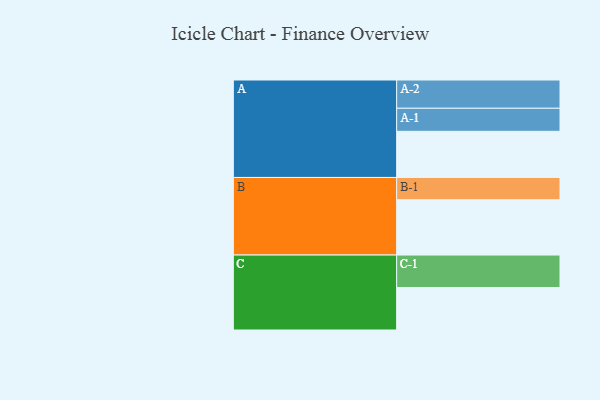
{"axis": {"x": "Segment", "y": "Value"}, "legend": ["", "A", "B", "C"], "data": [{"x": "A", "y": 418, "type": ""}, {"x": "B", "y": 501, "type": ""}, {"x": "C", "y": 385, "type": ""}, {"x": "A-1", "y": 209, "type": "A"}, {"x": "A-2", "y": 256, "type": "A"}, {"x": "B-1", "y": 202, "type": "B"}, {"x": "C-1", "y": 294, "type": "C"}]}